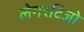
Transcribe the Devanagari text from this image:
लेगरटिजो